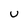
Character: u